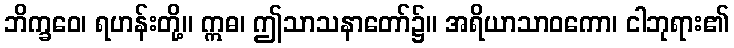
ဘိက္ခဝေ၊ ရဟန်းတို့။ ဣဓ၊ ဤသာသနာတော်၌။ အရိယာသာဝကော၊ ငါဘုရား၏